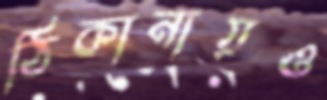
ঠিকানায়ও